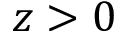
z > 0